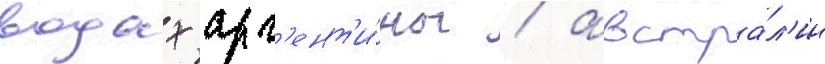
водах арг'ент'и́ны / австра́л'ии